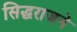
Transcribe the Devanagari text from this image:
सिद्धराजने